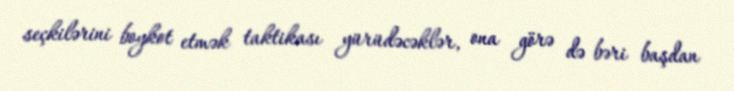
seçkilərini boykot etmək taktikası yürüdəcəklər, ona görə də bəri başdan